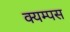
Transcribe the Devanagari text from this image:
क्यम्पस